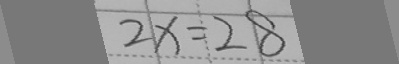
2 x = 2 8